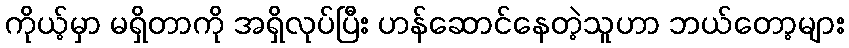
ကိုယ့်မှာ မရှိတာကို အရှိလုပ်ပြီး ဟန်ဆောင်နေတဲ့သူဟာ ဘယ်တော့များ